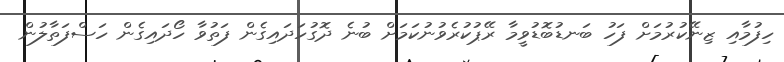
ހިފުމާއި ޒިނޭކުރުމަށް ފަހު ބަނޑުބޮޑުވީމާ ރޭޕުކުރެވުނުކަމަށް ބުނެ ދޮގުހަދައިގެން ފަތުވާ ހޯދައިގެން ހަސްފަތާލުން